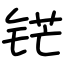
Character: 铓